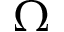
\Omega